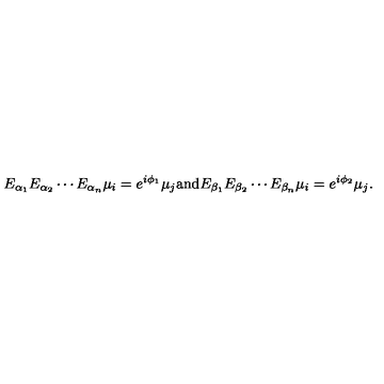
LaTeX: E _ { \alpha _ { 1 } } E _ { \alpha _ { 2 } } \cdots E _ { \alpha _ { n } } \mu _ { i } = e ^ { i \phi _ { 1 } } \mu _ { j } \mathrm { a n d } E _ { \beta _ { 1 } } E _ { \beta _ { 2 } } \cdots E _ { \beta _ { n } } \mu _ { i } = e ^ { i \phi _ { 2 } } \mu _ { j } .